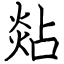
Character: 煔